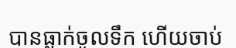
បានធ្លាក់ចូលទឹក ហើយចាប់